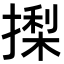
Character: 𭢍